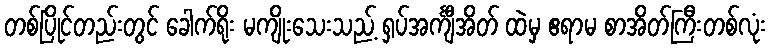
တစ်ပြိုင်တည်းတွင် ခေါက်ရိုး မကျိုးသေးသည့် ရှပ်အင်္ကျီအိတ် ထဲမှ ဧရာမ စာအိတ်ကြီးတစ်လုံး